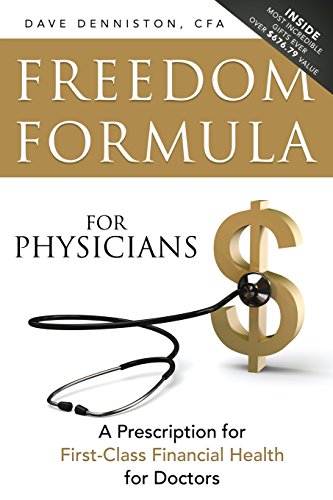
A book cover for Freedom Formula For Physicians: A Prescription for First-Class Financial Health for Doctors; Dave Denniston CFA; Medical Books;